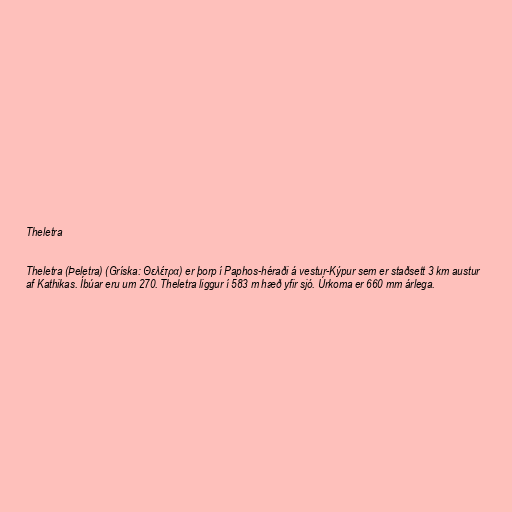
Theletra

Theletra (Þeletra) (Gríska: Θελέτρα) er þorp í Paphos-héraði á vestur-Kýpur sem er staðsett 3 km austur
af Kathikas. Íbúar eru um 270. Theletra liggur í 583 m hæð yfir sjó. Úrkoma er 660 mm árlega.